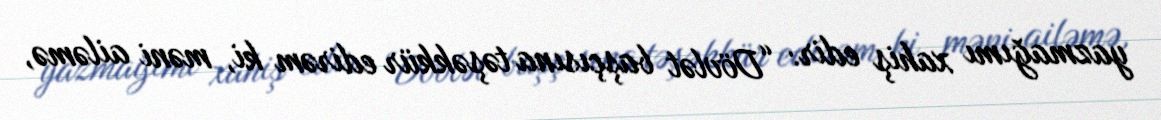
yazmağımı xahiş edir: “Dövlət başçısına təşəkkür edirəm ki, məni ailəmə,